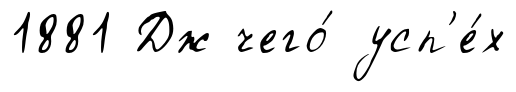
1881 Дж чего́ усп'е́х